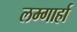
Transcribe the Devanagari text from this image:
लम्गार्हा